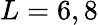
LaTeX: L=6,8